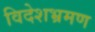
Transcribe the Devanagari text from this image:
विदेशभ्रमण